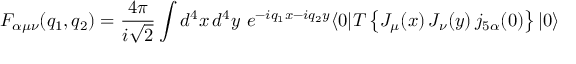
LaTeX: { \cal { F } } _ { \alpha \mu \nu } ( q _ { 1 } , q _ { 2 } ) = \frac { 4 \pi } { i \sqrt { 2 } } \int d ^ { 4 } x \, d ^ { 4 } y \ e ^ { - i q _ { 1 } x - i q _ { 2 } y } \langle 0 | T \left\{ J _ { \mu } ( x ) \, J _ { \nu } ( y ) \, j _ { 5 \alpha } ( 0 ) \right\} | 0 \rangle